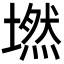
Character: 𡑋